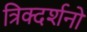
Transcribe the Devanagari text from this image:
त्रिक्दर्शनों